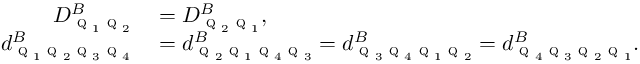
\begin{array} { r l } { D _ { \textsc { q } _ { 1 } \textsc { q } _ { 2 } } ^ { B } } & { { } = D _ { \textsc { q } _ { 2 } \textsc { q } _ { 1 } } ^ { B } , } \\ { d _ { \textsc { q } _ { 1 } \textsc { q } _ { 2 } \textsc { q } _ { 3 } \textsc { q } _ { 4 } } ^ { B } } & { { } = d _ { \textsc { q } _ { 2 } \textsc { q } _ { 1 } \textsc { q } _ { 4 } \textsc { q } _ { 3 } } ^ { B } = d _ { \textsc { q } _ { 3 } \textsc { q } _ { 4 } \textsc { q } _ { 1 } \textsc { q } _ { 2 } } ^ { B } = d _ { \textsc { q } _ { 4 } \textsc { q } _ { 3 } \textsc { q } _ { 2 } \textsc { q } _ { 1 } } ^ { B } . } \end{array}